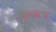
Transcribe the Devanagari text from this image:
चामला